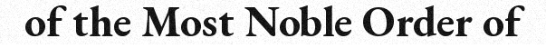
of the Most Noble Order of